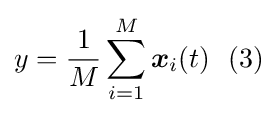
y={\frac {1}{M}}\sum _{i=1}^{M}{\boldsymbol {x}}_{i}(t)\ \ (3)